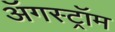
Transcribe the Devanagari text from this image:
ॲगस्ट्रॉम